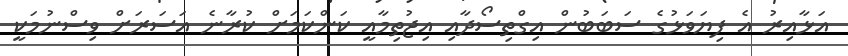
އަޅާއިރު އެ ފިޔަވަޅުގެ ސަބަބުން އިގްތިސޯދާއި އިޖުތިމާއީ ކަންކަމަށް ކުރާނެ އަސަރަށް ވިސްނުމަކީ